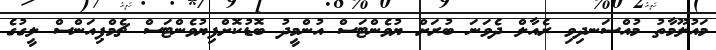
މައުލޫމާތު މުއްސަނދިވި ރެއާލް ދެވަނަ ބުރަށް ޔުވެންޓަސް އުންމީދު ބޮޑުކޮށްފިޔުވެންޓަސް ޗެމްޕިއަންސް ލީގުގެ